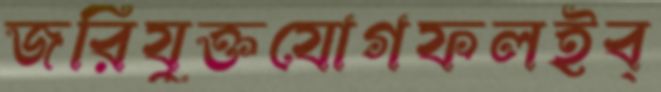
জরিযুক্তযোগফলইব্